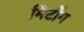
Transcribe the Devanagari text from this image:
मिंटींग